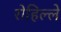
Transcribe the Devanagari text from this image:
रोहिल्ले